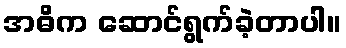
အဓိက ဆောင်ရွက်ခဲ့တာပါ။